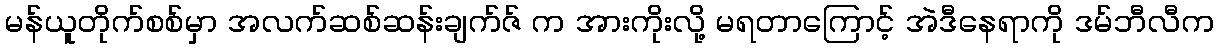
မန်ယူတိုက်စစ်မှာ အလက်ဆစ်ဆန်းချက်ဇ် က အားကိုးလို့ မရတာကြောင့် အဲဒီနေရာကို ဒမ်ဘီလီက